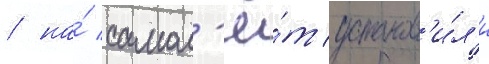
/ на́ самол'ё́т установ'и́л'и